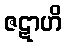
ဇဋာဟိ